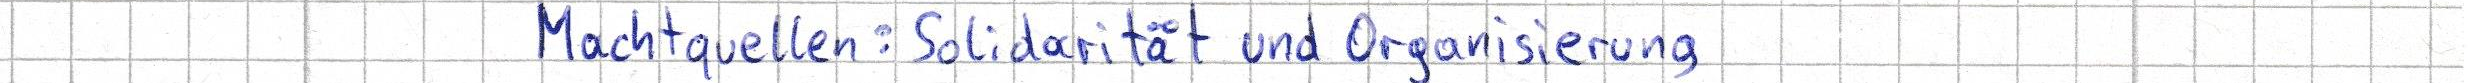
Machtquellen: Solidarität und Organisierung